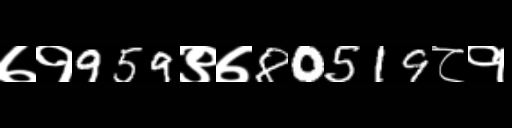
Text: ७१959९७80519८१